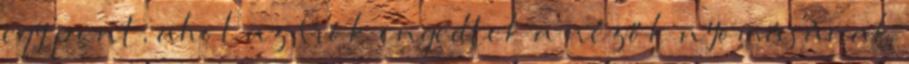
egy pont, ahol az írók engedtek a nézők nyomásának